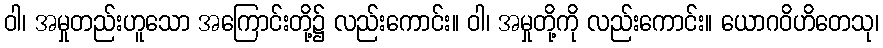
ဝါ၊ အမှုတည်းဟူသော အကြောင်းတို့၌ လည်းကောင်း။ ဝါ၊ အမှုတို့ကို လည်းကောင်း။ ယောဂဝိဟိတေသု၊